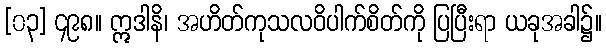
[၀၃] ၄၉၈။ ဣဒါနိ၊ အဟိတ်ကုသလဝိပါက်စိတ်ကို ပြပြီးရာ ယခုအခါ၌။